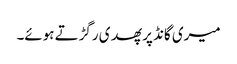
میری گانڈ پر پھدی رگڑتے ہوئے۔